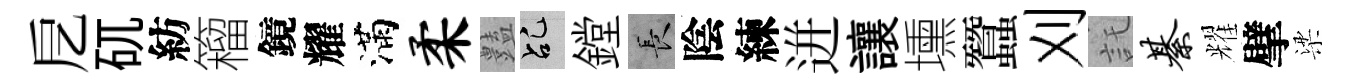
戹矹紡籕鏡耀滿柔𧰟乩鏜长陰練迸讓壎蠶刈託綦耀擘梁